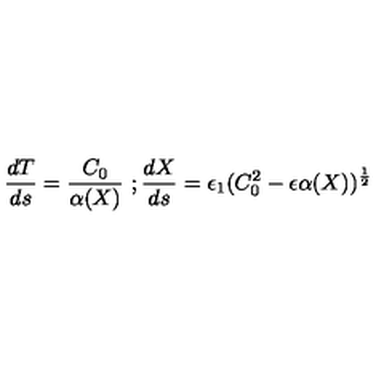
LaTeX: \frac { d T } { d s } = \frac { C _ { 0 } } { \alpha ( X ) } \ ; \frac { d X } { d s } = \epsilon _ { 1 } ( C _ { 0 } ^ { 2 } - \epsilon \alpha ( X ) ) ^ { \frac { 1 } { 2 } }